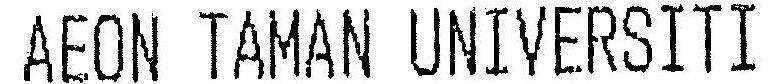
AEON TAMAN UNIVERSITI